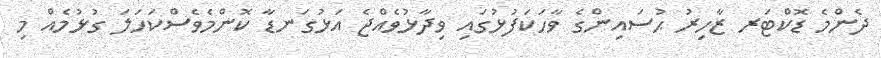
ދެންމެ ޑޮކްޓަރ ޒާހިރު ޙުސައިންގެ ވާހަކަފުޅުގައި ވިދާޅުވެއްޖެ އަޅުގަނޑާ ކޮންމެވެސްކަހަލަ ގުޅުމެއް މި